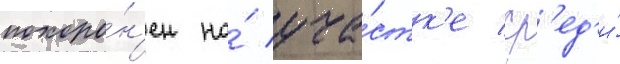
похоро́н'ен на́ уча́стк'е ср'ед'и́